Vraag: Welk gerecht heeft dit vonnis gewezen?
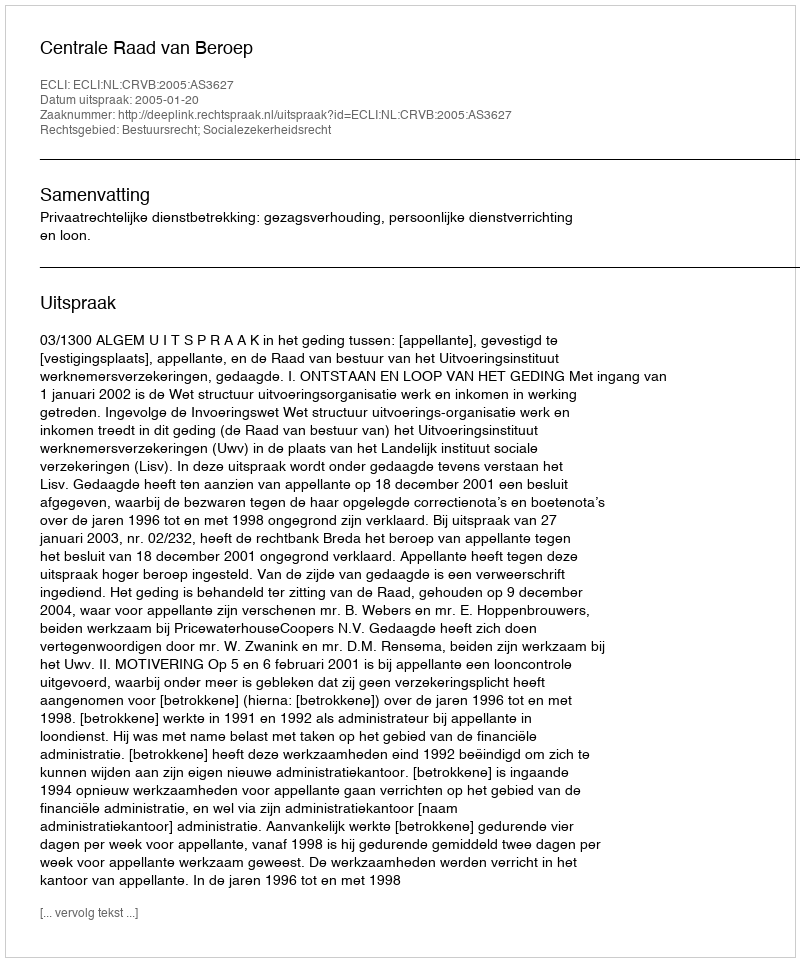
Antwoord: Centrale Raad van Beroep